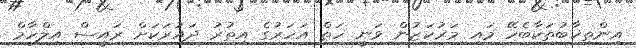
އިންތިޚާބުތަކާބެހޭ މައި މަރުކަޒުން ވަނީ ހަތް އަހަރުގެ އިތުރު ދައުރަކަށް ރައީސް އިލްހާމް